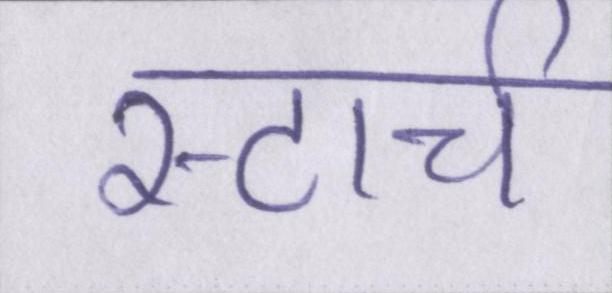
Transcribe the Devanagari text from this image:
स्टार्च